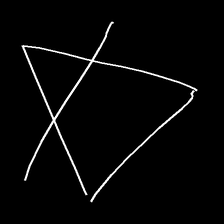
Glyph: empower